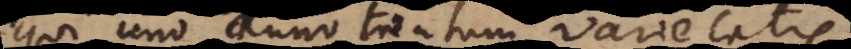
qui uno anno tantum varietat